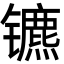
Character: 镳